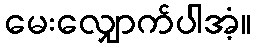
မေးလျှောက်ပါအံ့။